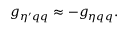
g _ { \eta ^ { \prime } q q } \approx - g _ { \eta q q } .